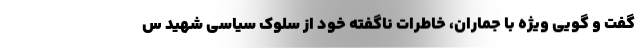
گفت و گویی ویژه با جماران، خاطرات ناگفته خود از سلوک سیاسی شهید س